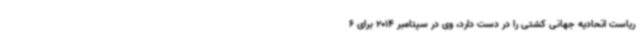
ریاست اتحادیه جهانی کشتی را در دست دارد، وی در سپتامبر 2014 برای 6